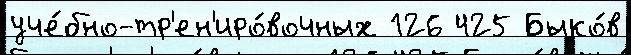
уче́бно-тр'ен'иро́вочных 126 425 Быко́в